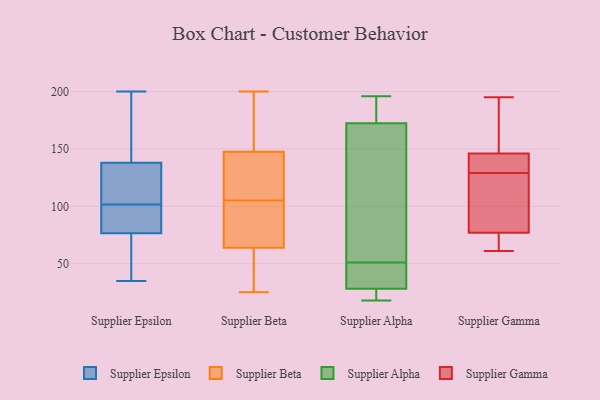
{"axis": {"x": "Tickets Resolved", "y": "Value"}, "legend": ["Supplier Alpha", "Supplier Beta", "Supplier Epsilon", "Supplier Gamma"], "data": [{"x": "", "y": 76, "type": "Supplier Epsilon"}, {"x": "", "y": 156, "type": "Supplier Epsilon"}, {"x": "", "y": 106, "type": "Supplier Epsilon"}, {"x": "", "y": 84, "type": "Supplier Epsilon"}, {"x": "", "y": 198, "type": "Supplier Epsilon"}, {"x": "", "y": 71, "type": "Supplier Epsilon"}, {"x": "", "y": 199, "type": "Supplier Epsilon"}, {"x": "", "y": 35, "type": "Supplier Epsilon"}, {"x": "", "y": 97, "type": "Supplier Epsilon"}, {"x": "", "y": 109, "type": "Supplier Epsilon"}, {"x": "", "y": 70, "type": "Supplier Epsilon"}, {"x": "", "y": 114, "type": "Supplier Epsilon"}, {"x": "", "y": 120, "type": "Supplier Epsilon"}, {"x": "", "y": 77, "type": "Supplier Epsilon"}, {"x": "", "y": 78, "type": "Supplier Epsilon"}, {"x": "", "y": 200, "type": "Supplier Epsilon"}, {"x": "", "y": 123, "type": "Supplier Beta"}, {"x": "", "y": 111, "type": "Supplier Beta"}, {"x": "", "y": 36, "type": "Supplier Beta"}, {"x": "", "y": 34, "type": "Supplier Beta"}, {"x": "", "y": 196, "type": "Supplier Beta"}, {"x": "", "y": 92, "type": "Supplier Beta"}, {"x": "", "y": 200, "type": "Supplier Beta"}, {"x": "", "y": 99, "type": "Supplier Beta"}, {"x": "", "y": 79, "type": "Supplier Beta"}, {"x": "", "y": 69, "type": "Supplier Beta"}, {"x": "", "y": 150, "type": "Supplier Beta"}, {"x": "", "y": 43, "type": "Supplier Beta"}, {"x": "", "y": 120, "type": "Supplier Beta"}, {"x": "", "y": 134, "type": "Supplier Beta"}, {"x": "", "y": 145, "type": "Supplier Beta"}, {"x": "", "y": 25, "type": "Supplier Beta"}, {"x": "", "y": 161, "type": "Supplier Beta"}, {"x": "", "y": 59, "type": "Supplier Beta"}, {"x": "", "y": 194, "type": "Supplier Beta"}, {"x": "", "y": 88, "type": "Supplier Beta"}, {"x": "", "y": 19, "type": "Supplier Alpha"}, {"x": "", "y": 18, "type": "Supplier Alpha"}, {"x": "", "y": 177, "type": "Supplier Alpha"}, {"x": "", "y": 70, "type": "Supplier Alpha"}, {"x": "", "y": 27, "type": "Supplier Alpha"}, {"x": "", "y": 32, "type": "Supplier Alpha"}, {"x": "", "y": 186, "type": "Supplier Alpha"}, {"x": "", "y": 196, "type": "Supplier Alpha"}, {"x": "", "y": 159, "type": "Supplier Alpha"}, {"x": "", "y": 44, "type": "Supplier Alpha"}, {"x": "", "y": 51, "type": "Supplier Alpha"}, {"x": "", "y": 61, "type": "Supplier Gamma"}, {"x": "", "y": 64, "type": "Supplier Gamma"}, {"x": "", "y": 151, "type": "Supplier Gamma"}, {"x": "", "y": 95, "type": "Supplier Gamma"}, {"x": "", "y": 131, "type": "Supplier Gamma"}, {"x": "", "y": 71, "type": "Supplier Gamma"}, {"x": "", "y": 130, "type": "Supplier Gamma"}, {"x": "", "y": 121, "type": "Supplier Gamma"}, {"x": "", "y": 195, "type": "Supplier Gamma"}, {"x": "", "y": 179, "type": "Supplier Gamma"}, {"x": "", "y": 129, "type": "Supplier Gamma"}]}